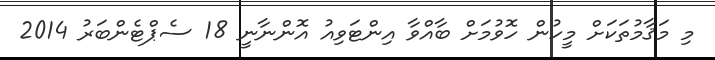
މި މަޤާމުތަކަށް މީހުން ހޮވުމަށް ބާއްވާ އިންޓަވިއު އޮންނާނީ 18 ސެޕްޓެންބަރު 2014